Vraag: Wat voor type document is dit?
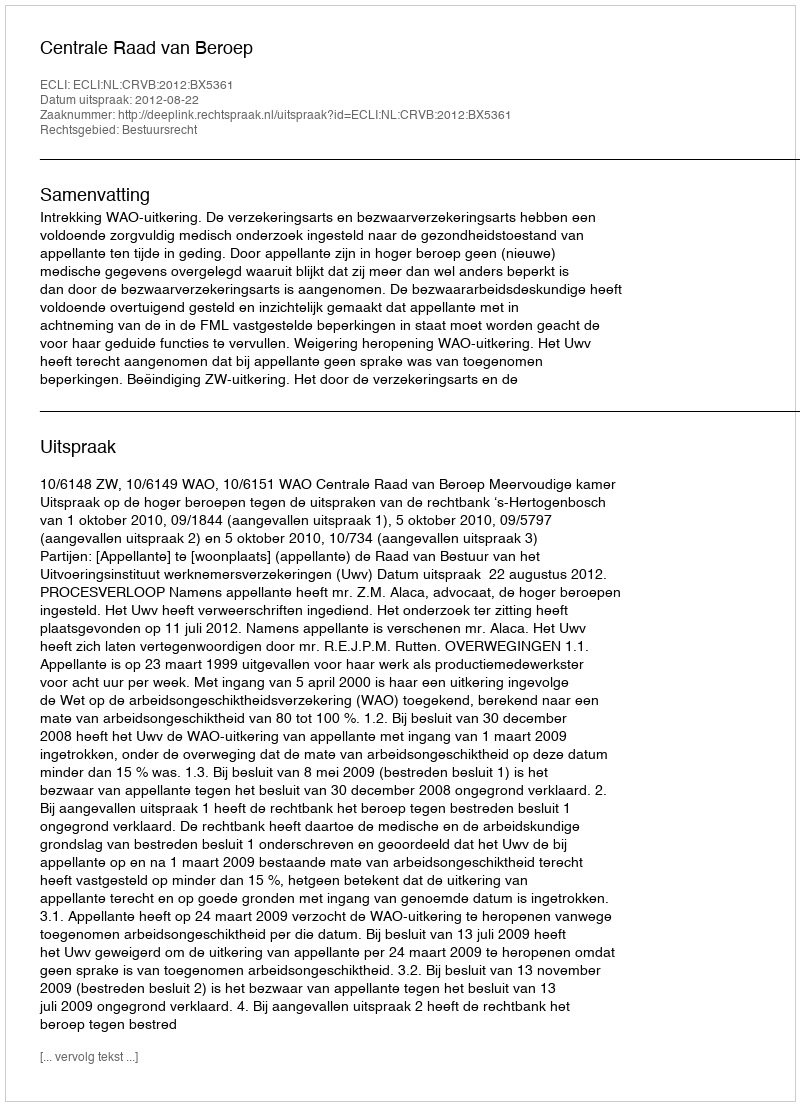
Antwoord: Uitspraak